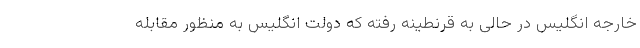
خارجه انگلیس در حالی به قر‌نطینه رفته که دولت انگلیس به منظور مقابله